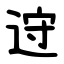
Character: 䢘